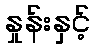
နှုန်းနှင့်